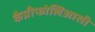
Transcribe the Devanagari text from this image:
कैप्रीफोलिआसी